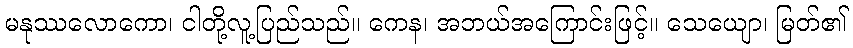
မနုဿလောကော၊ ငါတို့လူ့ပြည်သည်။ ကေန၊ အဘယ်အကြောင်းဖြင့်။ သေယျော၊ မြတ်၏